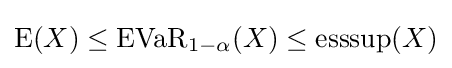
{\text{E}}(X)\leq {\text{EVaR}}_{1-\alpha }(X)\leq {\text{esssup}}(X)